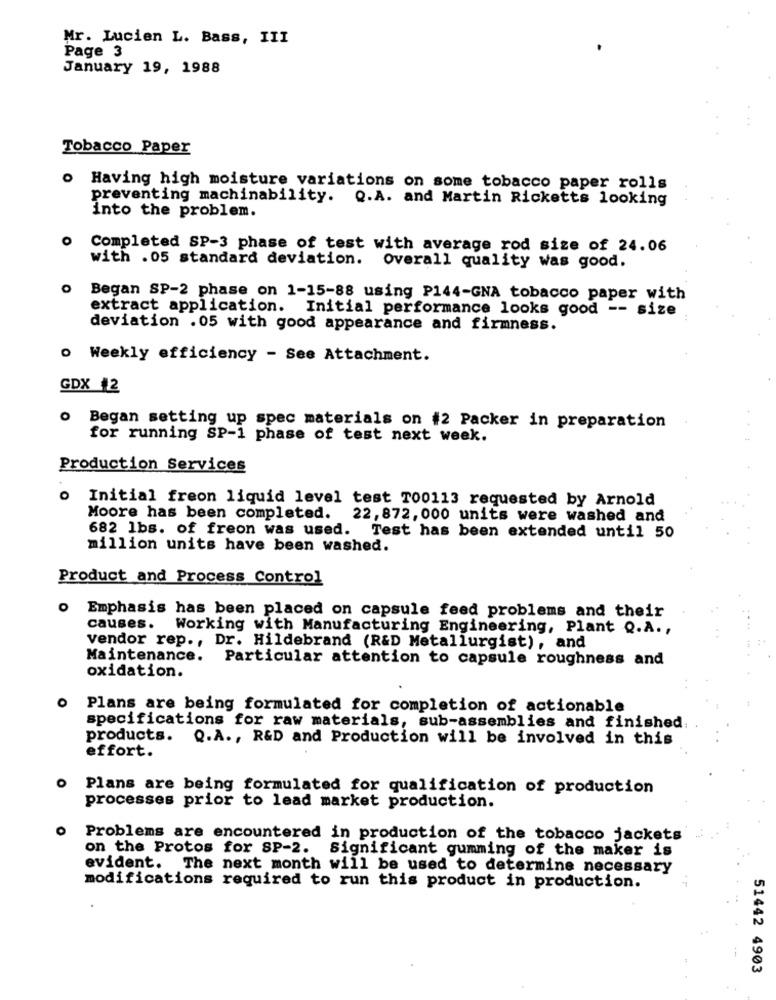
Mr. Lucien L. Bass, III
Page 3
January 19, 1988
Tobacco Paper
O
Having high moisture variations on some tobacco paper rolls
preventing machinability. Q.A. and Martin Ricketts looking
into the problem.
Completed SP-3 phase of test with average rod size of 24.06
with .05 standard deviation. Overall quality was good.
O
Began SP-2 phase on 1-15-88 using P144-GNA tobacco paper with
extract application. Initial performance looks good -- size
deviation .05 with good appearance and firmness.
o Weekly efficiency - See Attachment.
GDX #2
Began setting up spec materials on #2 Packer in preparation
for running SP-1 phase of test next week.
Production Services
Initial freon liquid level test T00113 requested by Arnold
Moore has been completed. 22, 872, 000 units were washed and
682 lbs. of freon was used. Test has been extended until 50
million units have been washed.
Product and Process Control
O
Emphasis has been placed on capsule feed problems and their
causes.
Working with Manufacturing Engineering, Plant Q.A .,
vendor rep ., Dr. Hildebrand (R&D Metallurgist), and
Maintenance. Particular attention to capsule roughness and
oxidation.
o Plans are being formulated for completion of actionable
specifications for raw materials, sub-assemblies and finished
products. Q.A ., R&D and Production will be involved in this
effort.
O
Plans are being formulated for qualification of production
processes prior to lead market production.
o Problems are encountered in production of the tobacco jackets
on the Protos for SP-2. Significant gumming of the maker is
evident. The next month will be used to determine necessary
modifications required to run this product in production.
51442 4903